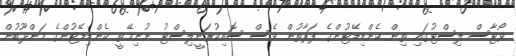
ވޯޓާސް ލިސްޓުގައި ތިން ކެންޑިޑޭޓުންގެ ފަރާތުން ވެސް ސޮއިކުރަނީލިސްޓު ނުނިމޭތީ ކެންޑިޑޭޓުންގެ މަންދޫބުން